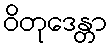
ဝိတုဒေန္တာ